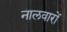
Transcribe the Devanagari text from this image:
नालवारों